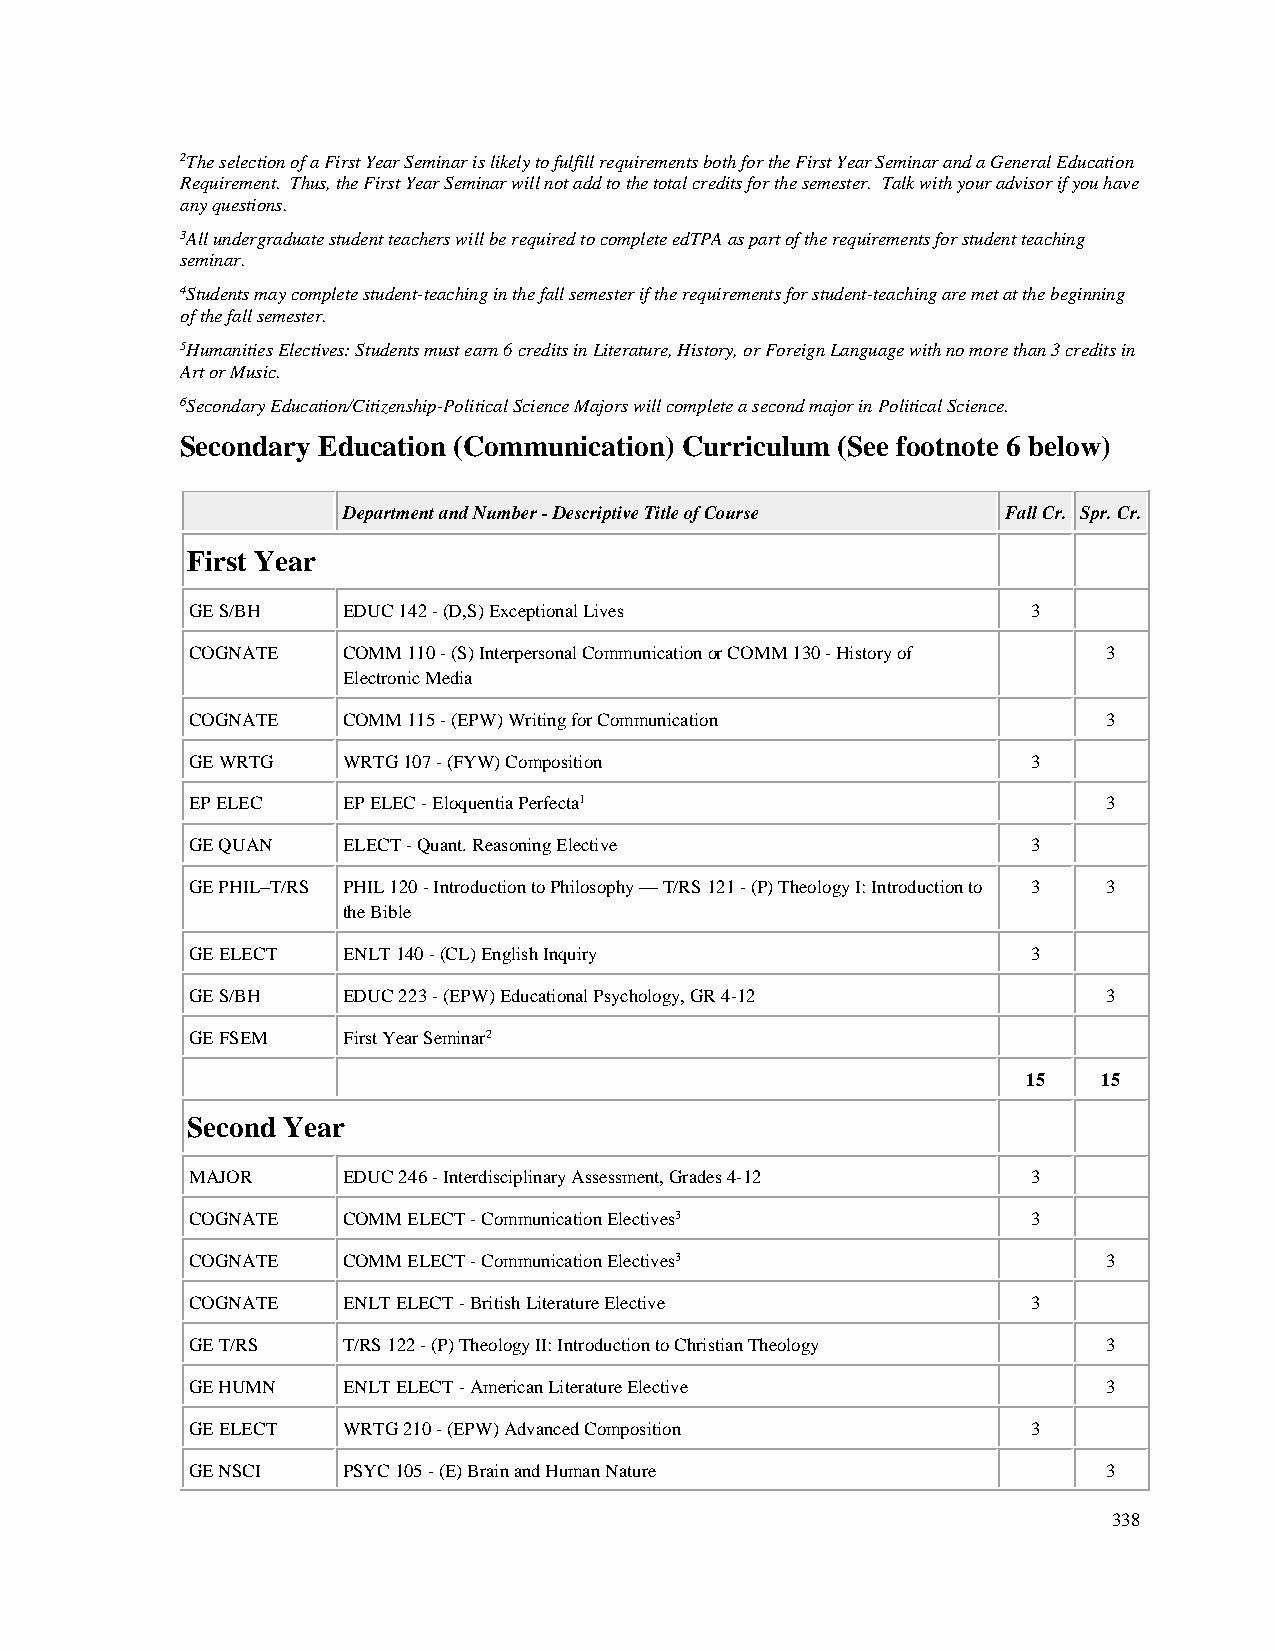
2The selection of a First Year Seminar is likely to fulfill requirements both for the First Year Seminar and a General Education
 Requirement. Thus, the First Year Seminar will not add to the total credits for the semester. Talk with your advisor if you have
 any questions.
 3All undergraduate student teachers will be required to complete edTPA as part of the requirements for student teaching
 seminar.
 4Students may complete student-teaching in the fall semester if the requirements for student-teaching are met at the beginning
 of the fall semester.
 5Humanities Electives: Students must earn 6 credits in Literature, History, or Foreign Language with no more than 3 credits in
 Art or Music.
 6Secondary Education/Citizenship-Political Science Majors will complete a second major in Political Science.
 Secondary Education (Communication) Curriculum (See footnote 6 below)
 Department and Number - Descriptive Title of Course Fall Cr. Spr. Cr.
 First Year
 GE S/BH   EDUC 142 - (D,S) Exceptional Lives           3
 COGNATE   COMM 110 - (S) Interpersonal Communication or COMM 130 - History of 3
 Electronic Media
 COGNATE   COMM 115 - (EPW) Writing for Communication        3
 GE WRTG   WRTG 107 - (FYW) Composition                 3
 EP ELEC   EP ELEC - Eloquentia Perfecta1                    3
 GE QUAN   ELECT - Quant. Reasoning Elective            3
 GE PHIL–T/RS PHIL 120 - Introduction to Philosophy — T/RS 121 - (P) Theology I: Introduction to 3 3
 the Bible
 GE ELECT  ENLT 140 - (CL) English Inquiry              3
 GE S/BH   EDUC 223 - (EPW) Educational Psychology, GR 4-12  3
 GE FSEM   First Year Seminar2
 15   15
 Second Year
 MAJOR     EDUC 246 - Interdisciplinary Assessment, Grades 4-12 3
 COGNATE   COMM ELECT - Communication Electives3        3
 COGNATE   COMM ELECT - Communication Electives3             3
 COGNATE   ENLT ELECT - British Literature Elective     3
 GE T/RS   T/RS 122 - (P) Theology II: Introduction to Christian Theology 3
 GE HUMN   ENLT ELECT - American Literature Elective         3
 GE ELECT  WRTG 210 - (EPW) Advanced Composition        3
 GE NSCI   PSYC 105 - (E) Brain and Human Nature             3
 338